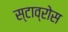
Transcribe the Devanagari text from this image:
स्टाव्रोस